Statistical return of the lunatic asylum in Assam - 1912-1932
Year: 1912
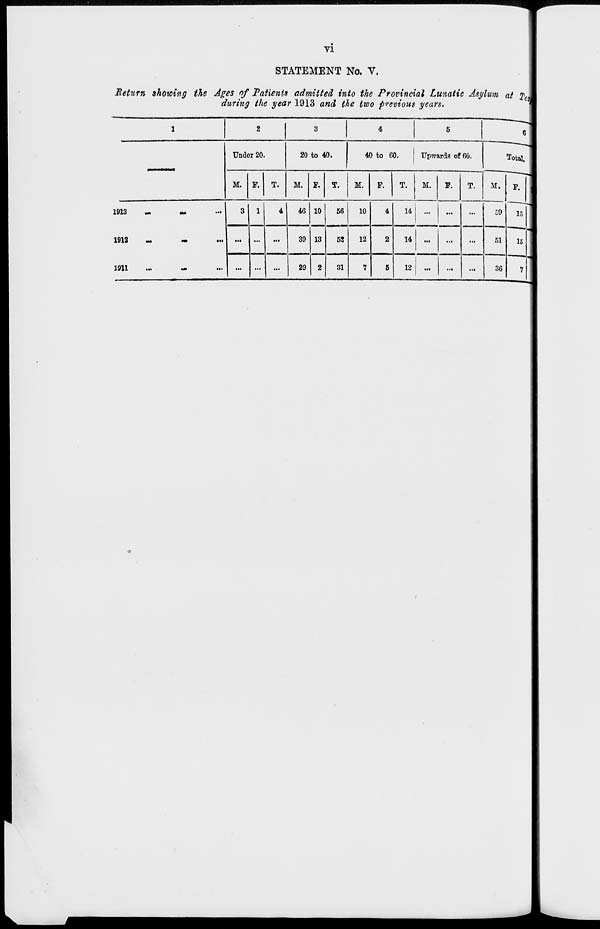
VI
STATEMENT No. V.
Return showing the Ages of Patients admitted into the Provincial Lunatic Asylum at %t
during the year 1913 and the two previous years.
1
2
3
4
5
Under 20.
20 to 40.
40 to 60.
Upwards of 60.
M.
Tota
M. F. T.
M. F. T.
M.
F.
T.
M.
F.
T.
F.
1913
Ml
•M
...
3 1
4
46 10
56
10
4
14 ...
...
...
59
1
1913
...
...
...
39 13
52
12
2
14 ...
...
...
51
1
1911
...
...
...
29 2
31
7
5
12
...
...
36